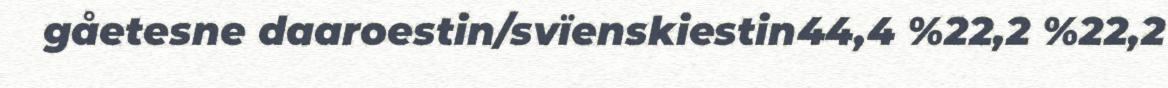
gåetesne daaroestin/svïenskiestin44,4 %22,2 %22,2